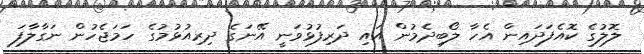
ލޮލުގެ ކޮއެފަދައިން އެހާ ލޯބިދެމުން އައި ދަރިފުޅުވަނީ އޭނަގެ ދިރިއުޅުމުގެ ހަމަޖެހުން ނަގާލާފަ